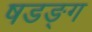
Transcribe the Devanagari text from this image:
षडङ्ग